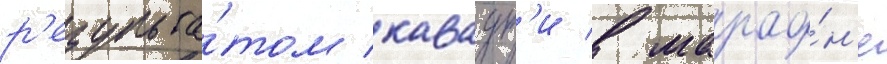
р'езульта́том каваут'и в марафо́н'е